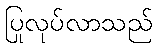
ပြုလုပ်လာသည်